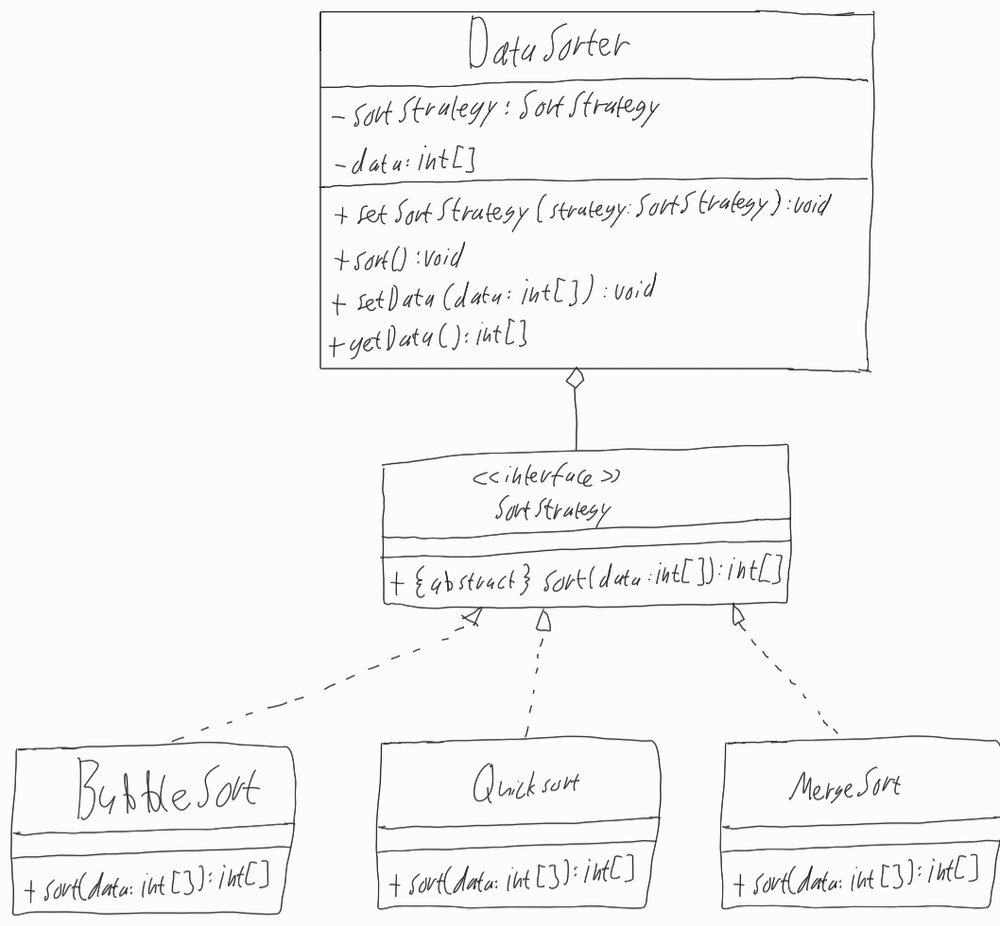
Diagram type: class_diagram
```plantuml
@startuml

class  DataSorter {
  - sortStrategy: SortStrategy
  - data: int[]
  + setSortStrategy(strategy: SortStrategy): void
  + sort(): void
  + setData(data: int[]): void
  + getData(): int[]
}

interface SortStrategy {
  + {abstract} sort(data: int[]): int[]
}

class BubbleSort implements SortStrategy {
  + sort(data: int[]): int[]
}

class QuickSort implements SortStrategy {
  + sort(data: int[]): int[]
}

class MergeSort implements SortStrategy {
  + sort(data: int[]): int[]
}

DataSorter o-- SortStrategy

@enduml
```